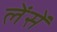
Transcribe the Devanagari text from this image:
लेंसें